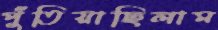
পুঁতিয়াছিলাম